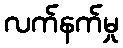
လက်နက်မှု